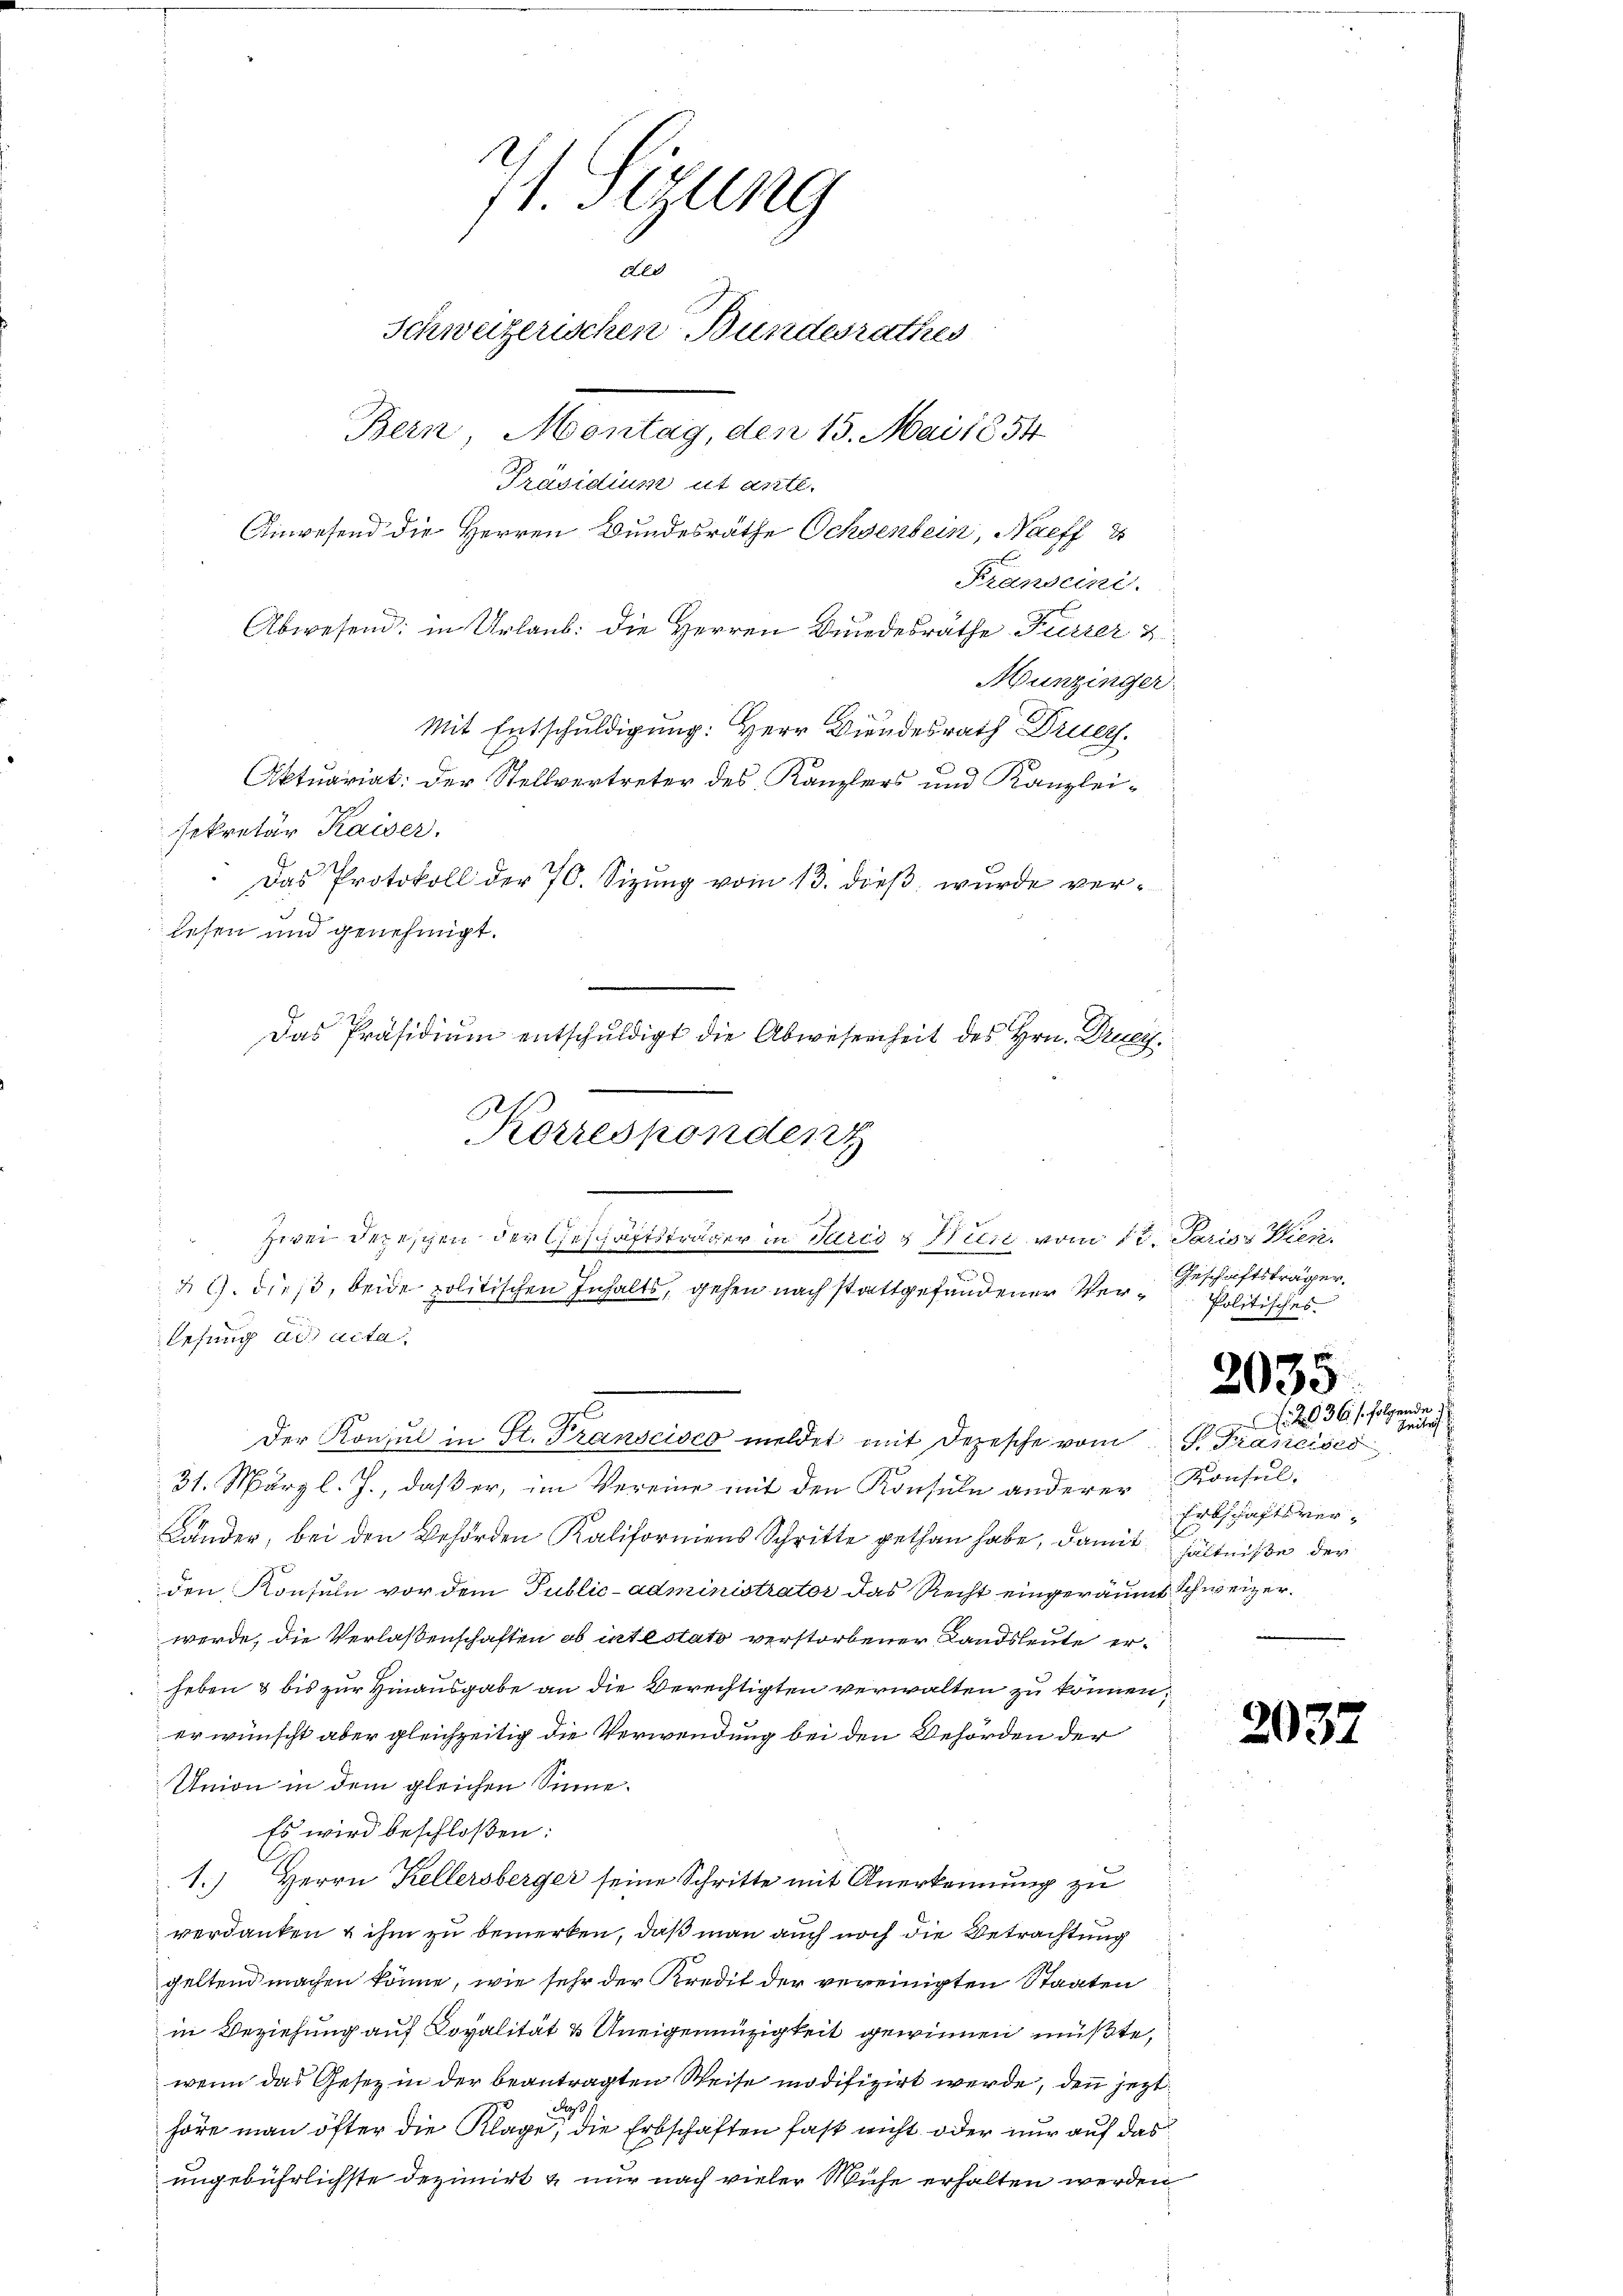
1. Sizung
der
Schweizerischen Bundesrathes
Bern, Montag, den 15. Mai 1854.
Präsidium ut ante.
Ainwesend die Herren Bundesräthe Ochsenbein, Naeff
Franscini.

Munzinger
sekretär Kaiser.
Das Protokoll der 70. Sizung vom 13. dieß wurde verlesung ad acta
Gs
Der Konsul in St. Transcisco meldet mit Depesche vom

31. März l. J., daß er, im Vereine mit den Konsuln anderer Konsul-
H
Länder, bei den Behörden Kaliformens Schritte gethan habe, damit hältniße der
den Konsuln vor dem Public-administrator das Recht eingeräumt Schweizerwerde, die Verlassenschaften ob intestato verstorbener Landsleute erheben & bis zur Hinausgabe an die Berechtigten verwalten zu können;
er wünscht aber gleichzeitig die Verwendung bei den Behörden der
Union in dem gleichen Sinne.
Es wird beschloßen:
1.) Herrn Kellersberger seine Schritte mit Anerkennung zu
verdanken & ihm zu bemerken, daß man auch noch die Betrachtung
geltend machen könne, wie sehr der Kredit der vereinigten Staaten
in Beziehung auf Doyalität & Uneigennüzigkeit gewinnen müßte,
wenn das Gesetz in der beantragten Weise modifizirt werde, den jetzt
Paß
höre man öfter die Klage, die Erbschaften fast nicht oder nur auf das
ungebührlichste dezinirt & nur nach vieler Wühe erhalten werden

Mit Entschuldigung: Herr Biendesrath Druc

lesen und genehmigt.
Korresponden
Zwei Depeschen der Geschäftsträger in Paris & Besi vom 13. Paris Wien.
30
2 l. dieß, beide politischen Inhalts, gehen nach stattgefundener Ver¬

Abwesend: in Urlaub: die Herren Bundesrathe Furrer 2

Aktuariat: Der Stellvertreter des Kanzlers und Kanzlei-

Das Präsidium entschuldigt die Abwesenheit des Hrn. Druc
t

Geschäftsträger.
Politisches

2035

A. 2036 s. folgende
Zeite
. Francises
Erbschaftsverm

2032